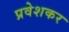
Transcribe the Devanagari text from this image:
प्रवेशकर